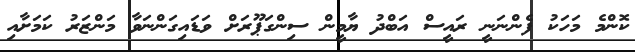
ކޮންމެ މަހަކު ފެންނަނީ ރައީސް އަބްދު ޔާމީން ސިންގަޕޫރަށް ވަޑައިގަންނަވާ މަންޒަރު ކަމަށާއި